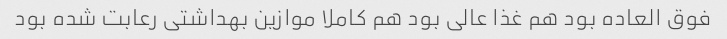
فوق العاده بود هم غذا عالی بود هم کاملا موازین بهداشتی رعابت شده بود